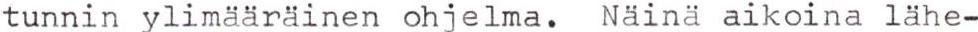
tunnin ylimääräinen ohjelma. Näinä aikoina lähe-